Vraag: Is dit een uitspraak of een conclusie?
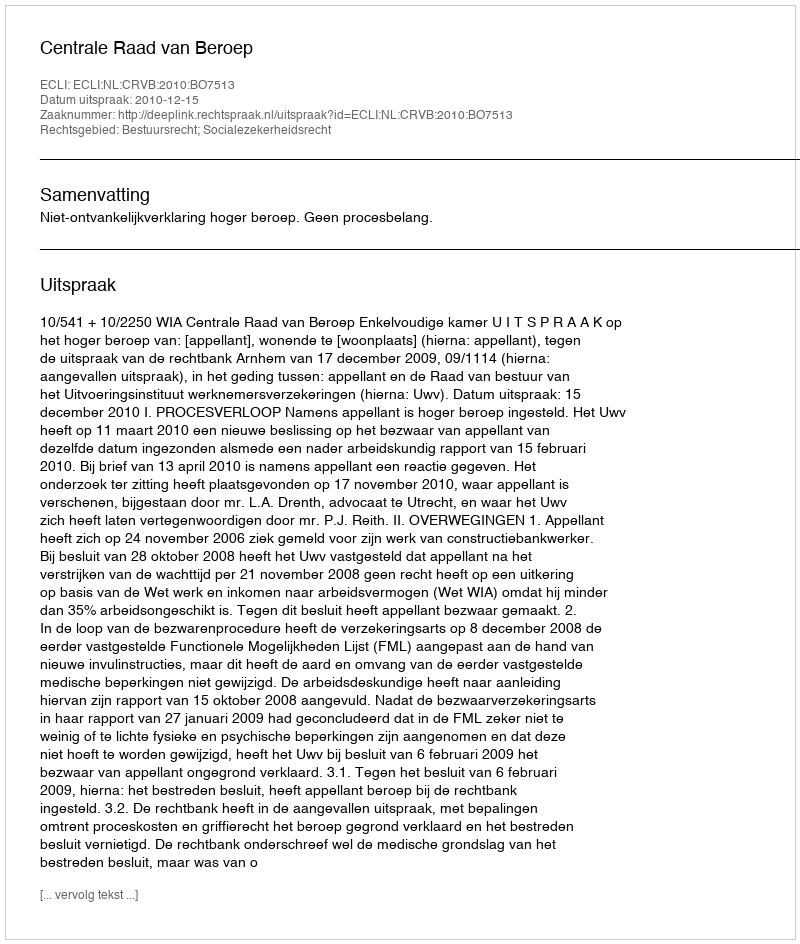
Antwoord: Uitspraak